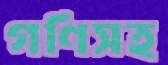
গণিসহ